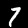
Label: 7